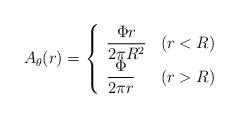
LaTeX: \begin{align*}A_{\theta}(r)=\left\{\begin{array}{ll}\displaystyle\frac{\Phi r}{2\pi R^2} & (r<R)\\\displaystyle\frac{\Phi}{2\pi r} & (r>R)\end{array}\right.\end{align*}